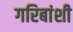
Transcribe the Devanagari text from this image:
गरिबांशी